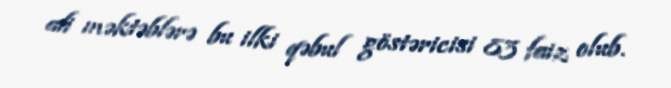
ali məktəblərə bu ilki qəbul göstəricisi 83 faiz olub.